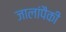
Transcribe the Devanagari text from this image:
जालांपैकी